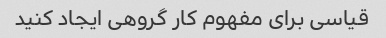
قیاسی برای مفهوم کار گروهی ایجاد کنید